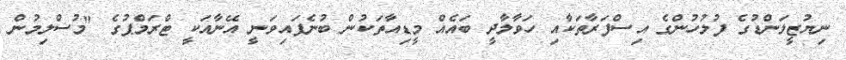
ނިޔުޒީލަންޑުގެ ފުލުހުންގެ އިސްފަރާތަކާއި ހަވާލާދީ ބައެއް މީޑިއާތަކުން ބުނެފައިވަނީ އޭނާއަކީ ޓްރަމްޕުގެ "މުސްލިމުން